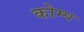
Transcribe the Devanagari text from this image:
कोम्प